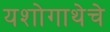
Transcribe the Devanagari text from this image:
यशोगाथेचे